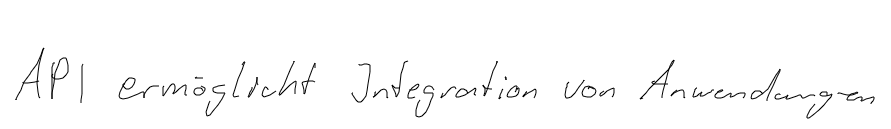
API ermöglicht Integration von Anwendungen.